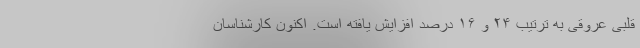
قلبی عروقی به ترتیب ۲۴ و ۱۶ درصد افزایش یافته است. اکنون کارشناسان